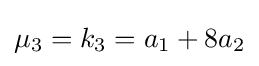
\mu _{3}=k_{3}=a_{1}+8a_{2}